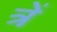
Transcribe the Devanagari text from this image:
त्रें